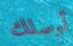
أوصلك